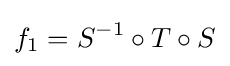
f_{1}=S^{-1}\circ T\circ S